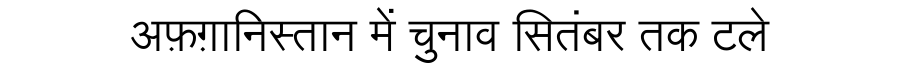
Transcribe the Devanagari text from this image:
अफ़ग़ानिस्तान में चुनाव सितंबर तक टले